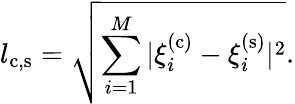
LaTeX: l_{\mathrm{c},\mathrm{s}}=\sqrt{\sum_{i=1}^{M}|\xi_{i}^{(\mathrm{c})}-\xi_{i}^{(\mathrm{s})}|^{2}}.